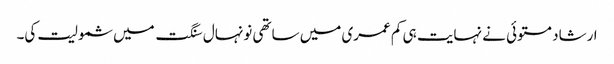
ارشاد مستوئی نے نہایت ہی کم عمری میں ساتھی نونہال سنگت میں شمولیت کی۔